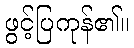
ဖွင့်ပြကုန်၏။